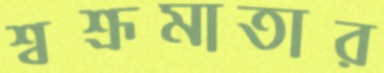
শ্বশ্রূমাতার